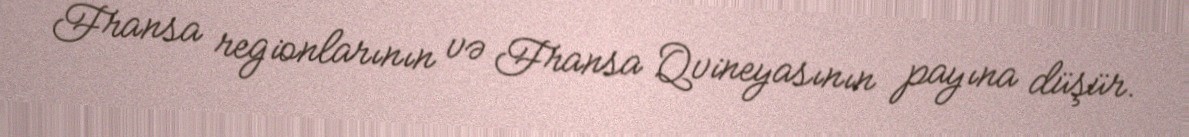
Fransa regionlarının və Fransa Qvineyasının payına düşür.